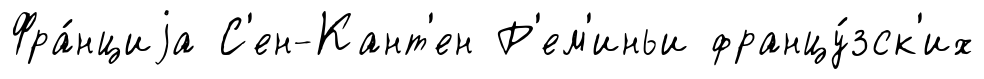
Фра́нциjа С'ен-Кант'ен Р'ем'иньи францу́зск'их